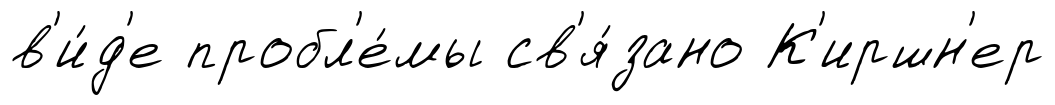
в'и́д'е пробл'е́мы св'я́зано К'иршн'ер